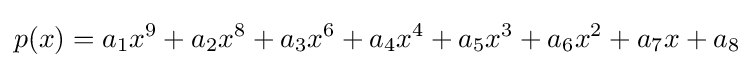
p(x)=a_{1}x^{9}+a_{2}x^{8}+a_{3}x^{6}+a_{4}x^{4}+a_{5}x^{3}+a_{6}x^{2}+a_{7}x+a_{8}